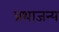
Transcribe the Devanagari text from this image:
प्रथाजन्य